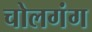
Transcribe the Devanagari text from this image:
चोलगंग